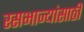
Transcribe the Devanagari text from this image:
रसभाज्यांसाठी